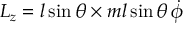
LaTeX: L _ { z } = l \sin \theta \times m l \sin \theta \, { \dot { \phi } }